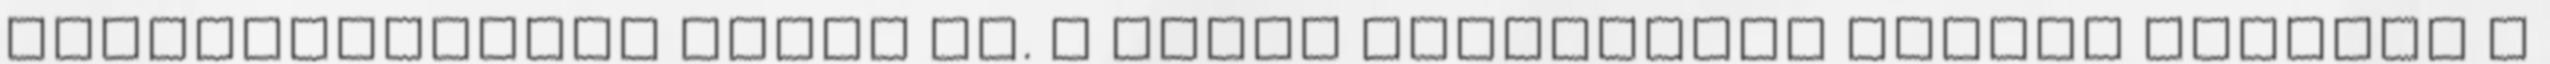
felhalmozódása miatt is. A rákos betegeknél nagyon gyakori a